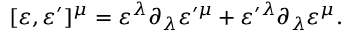
[ \varepsilon , \varepsilon ^ { \prime } ] ^ { \mu } = \varepsilon ^ { \lambda } \partial _ { \lambda } \varepsilon ^ { \prime \mu } + \varepsilon ^ { \prime \lambda } \partial _ { \lambda } \varepsilon ^ { \mu } .